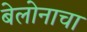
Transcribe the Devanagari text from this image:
बेलोनाचा